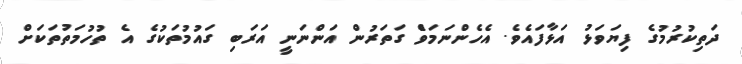
ދަތިކުރުމުގެ ފިޔަވަޅު އަޅާފައެވެ. އެހެންނަމަވެް ގަތަރުން އަންނަނީ އަރަބި ގައުމުތަކުގެ އެ ތުހުމަތުތަކަށް